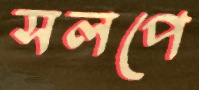
সলপে